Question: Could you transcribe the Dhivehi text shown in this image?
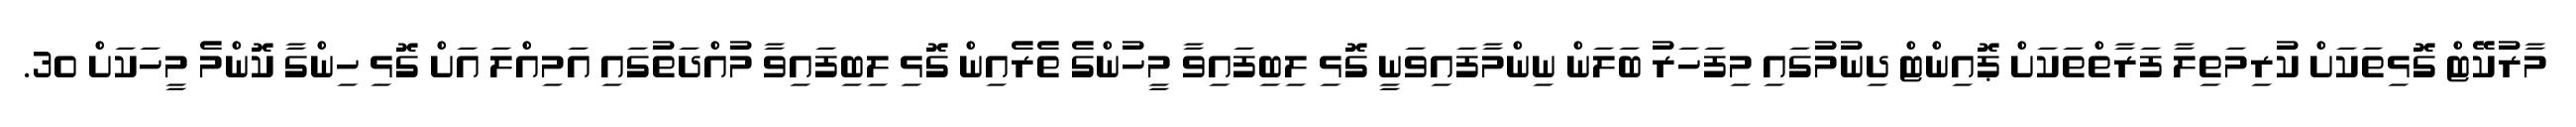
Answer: މާރުކޭޓް ގޮޅިތަކަށް ކުރިމަތިލާ ފަރާތްތަކަށް ޕޮއިންޓް ދިނުމުގައި މިފަހަރު ބަލަން ނިންމާފައިވަނީ ގޮޅި ލިބިފައިވާ މީހުންގެ ތެރެއިން ގޮޅި ލިބިފައިވާ މުއްދަތުގައި އަމިއްލަ އަށް ގޮޅި ހިންގާ ކޮންމެ މީހަކަށް 30.